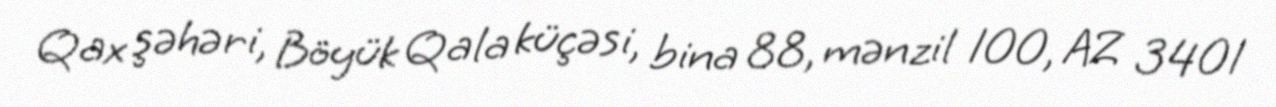
Qax şəhəri, Böyük Qala küçəsi, bina 88, mənzil 100, AZ 3401